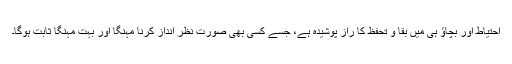
احتیاط اور بچاؤ ہی میں بقا و تحفظ کا راز پوشیدہ ہے، جسے کسی بھی صورت نظر انداز کرنا مہنگا اور بہت مہنگا ثابت ہوگا۔